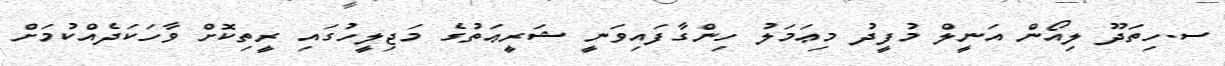
ސ.ހިތަދޫ ލިއޯން އަނީލް މުފީދު މިޢަމަލު ހިންގާފައިވަނީ ޝަރީޢަތުގެ މަޖިލީހުގައި ރީތިކޮށް ވާހަކަދެއްކުމަށް